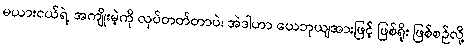
မယားငယ်ရဲ့ အကျိုးမဲ့ကို လုပ်တတ်တာပဲ၊ အဲဒါဟာ ယေဘုယျအားဖြင့် ဖြစ်ရိုး ဖြစ်စဉ်လို့